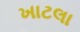
ખાટલા